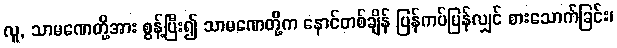
လူ, သာမဏေတို့အား စွန့်ပြီး၍ သာမဏေတို့က နောင်တစ်ချိန် ပြန်ကပ်ပြန်လျှင် စားသောက်ခြင်း၊